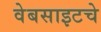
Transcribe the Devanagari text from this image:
वेबसाइटचे